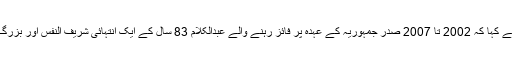
سمترا مہاجن نے کہا کہ 2002 تا 2007 صدر جمہوریہ کے عہدہ پر فائز رہنے والے عبدالکلام 83 سال کے ایک انتہائی شریف النفس اور بزرگ شخص تھے ۔